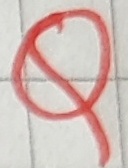
Text: Q